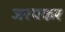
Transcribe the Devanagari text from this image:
जरपकर